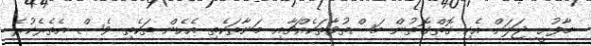
މާފުށީ ޖަލަށް އެކި ގޮތްގޮތުން މަސްތުވާތަކެއްޗާއި މަނާތަކެތި އެހެން ތަކެތި ވެސް އެތެރެކުރެ